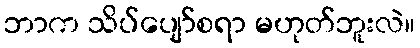
ဘာက သိပ်ပျော်စရာ မဟုတ်ဘူးလဲ။